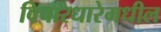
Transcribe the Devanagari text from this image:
विचारधारेमधील